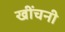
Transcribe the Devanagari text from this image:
खींचनी